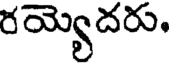
రయ్యెదరు.